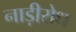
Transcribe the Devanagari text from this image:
नाड़ीरोध